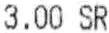
3.00 SR